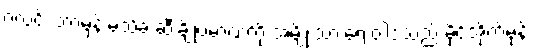
ဂလင်း ဘာမှန်းမသိခဲ့ ဆီးချိုပမာဏကို အမျိုးသားရေးဝါဒသည် မိုင်အိုက်မုန့်